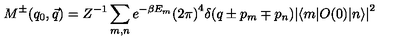
M ^ { \pm } ( q _ { 0 } , \vec { q } ) = Z ^ { - 1 } \sum _ { m , n } e ^ { - \beta E _ { m } } { ( 2 \pi ) } ^ { 4 } \delta ( q \pm p _ { m } \mp p _ { n } ) { | \langle m | O ( 0 ) | n \rangle | } ^ { 2 }